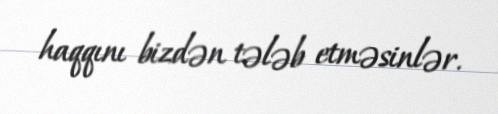
haqqını bizdən tələb etməsinlər.